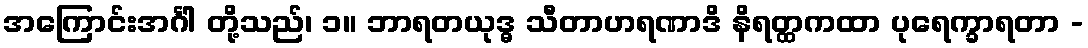
အကြောင်းအင်္ဂါ တို့သည်၊ ၁။ ဘာရတယုဒ္ဓ သီတာဟရဏာဒိ နိရတ္ထကထာ ပုရေက္ခာရတာ -